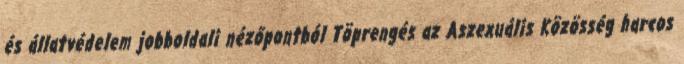
és állatvédelem jobboldali nézőpontból Töprengés az Aszexuális Közösség harcos